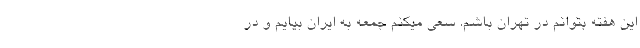
این هفته بتوانم در تهران باشم. سعی میکنم جمعه به ایران بیایم و در